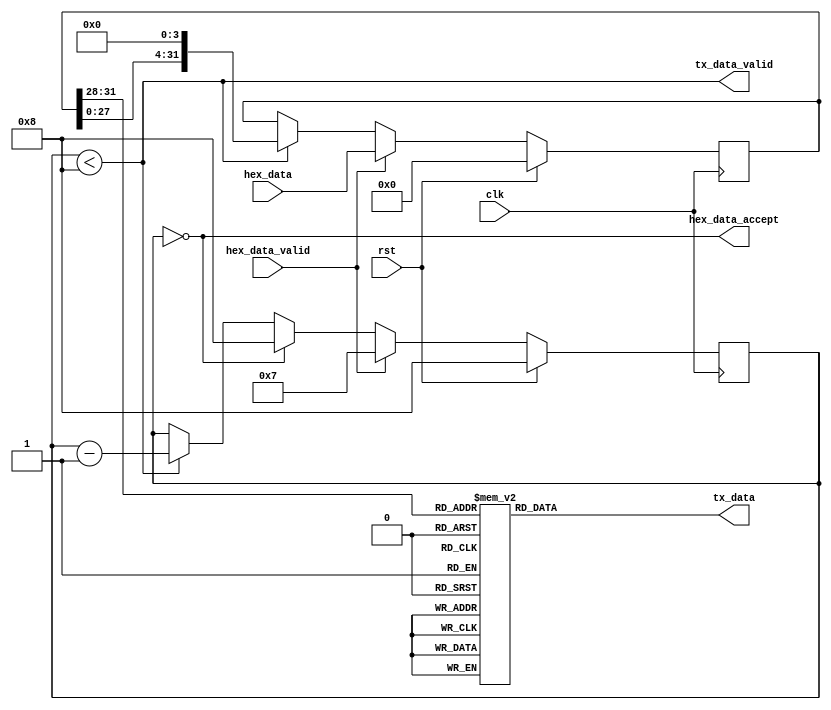
module HEX2UART (
    input                   [ 0 : 0]            clk,
    input                   [ 0 : 0]            rst,


    // HEX Data
    input                   [31 : 0]            hex_data,
    input                   [ 0 : 0]            hex_data_valid,
    output      reg         [ 0 : 0]            hex_data_accept,

    // Uart TX data
    output      reg         [ 7 : 0]            tx_data,
    output      reg         [ 0 : 0]            tx_data_valid
);  

reg [ 3 : 0]    counter;
reg [31 : 0]    local_hex_data;

always @(posedge clk) begin
    if (rst)
        local_hex_data <= 0;
    else if (hex_data_valid)
        local_hex_data <= hex_data;
    else if (counter < 8)
        local_hex_data <= {local_hex_data[27 : 0], 4'B0};
end

always @(posedge clk) begin
    if (rst)
        counter <= 8;
    else if (hex_data_valid)
        counter <= 7;
    else if (counter == 0)
        counter <= 8;
    else if (counter < 8)
        counter <= counter - 1;
end

always @(*) begin
    tx_data = 0;

    case (local_hex_data[31 : 28])
        4'H0: tx_data = "0";
        4'H1: tx_data = "1";
        4'H2: tx_data = "2";
        4'H3: tx_data = "3";
        4'H4: tx_data = "4";
        4'H5: tx_data = "5";
        4'H6: tx_data = "6";
        4'H7: tx_data = "7";
        4'H8: tx_data = "8";
        4'H9: tx_data = "9";
        4'HA: tx_data = "A";
        4'HB: tx_data = "B";
        4'HC: tx_data = "C";
        4'HD: tx_data = "D";
        4'HE: tx_data = "E";
        4'HF: tx_data = "F";
    endcase

end

always @(*) begin
    tx_data_valid = (counter < 8);
end

always @(*)
    hex_data_accept = (counter == 0);


endmodule